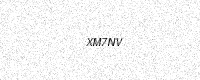
Text: XM7NV